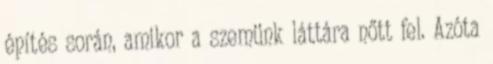
építés során, amikor a szemünk láttára nőtt fel. Azóta